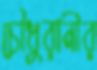
চৌধুরানীর